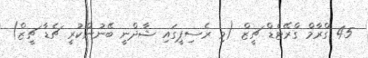
45 ގްރާމް ގްރޭޓެޑް ޗީޒް (މި ރެސިޕީގައި ޝާދްނީ ބޭނުންކުރީ ޗެޑާ ޗީޒް)